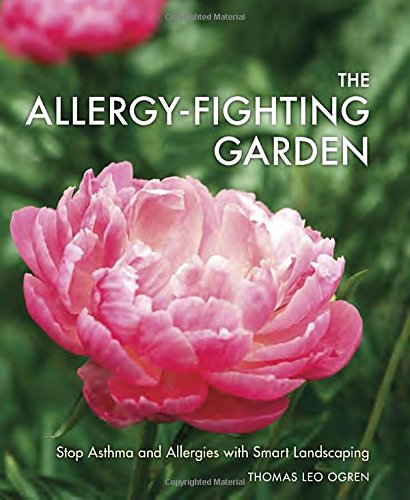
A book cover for The Allergy-Fighting Garden: Stop Asthma and Allergies with Smart Landscaping; Thomas Leo Ogren; Crafts, Hobbies & Home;